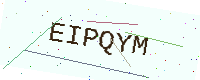
Text: EIPQYM